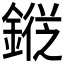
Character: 𨪯